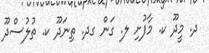
ދ. މީދޫ ކ. މާފުށި ލ. ގަން ގދ. ތިނަދޫ ކ. ތުލުސްދޫ